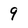
Character: 9